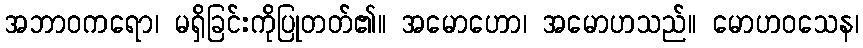
အဘာဝကရော၊ မရှိခြင်းကိုပြုတတ်၏။ အမောဟော၊ အမောဟသည်။ မောဟဝသေန၊